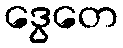
ဒွေတေ